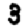
Digit: 3